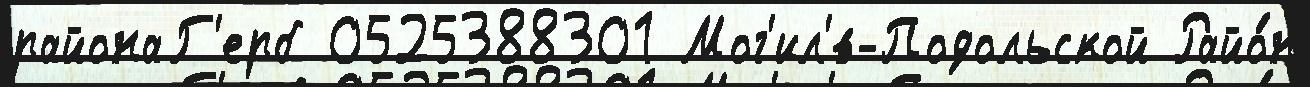
районаГ'ерб 0525388301 Мог'ил'́в-Подольской Райо́н